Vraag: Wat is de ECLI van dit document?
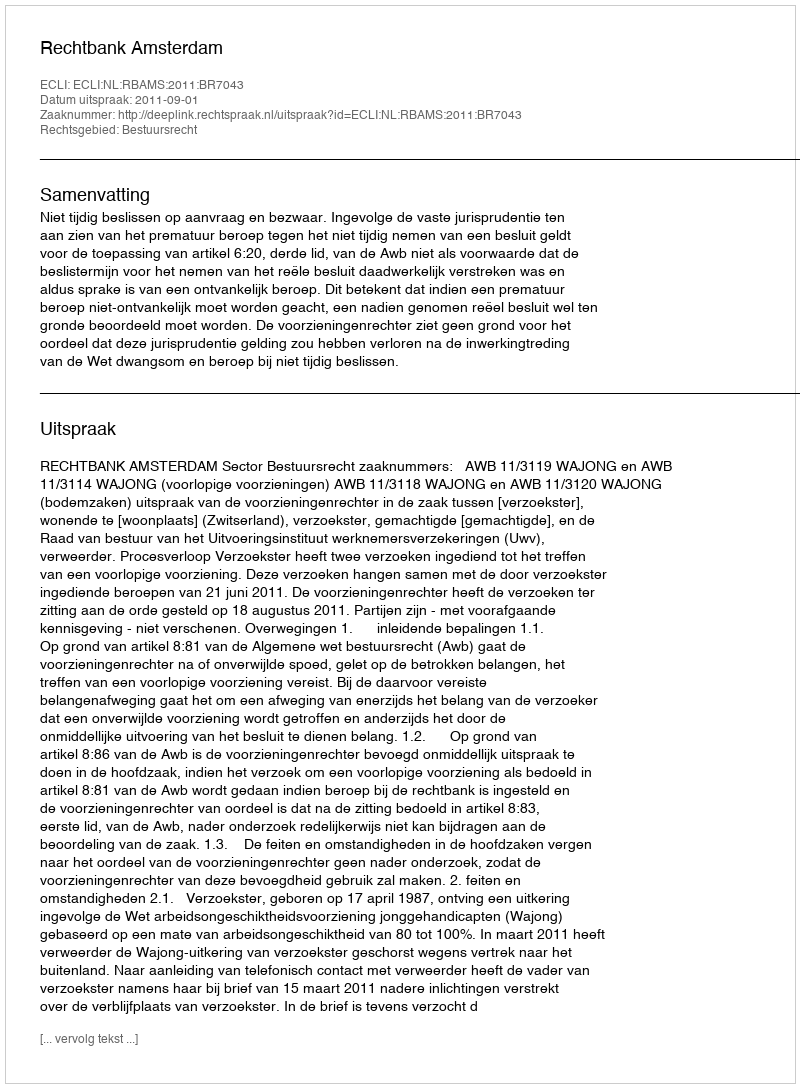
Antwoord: ECLI:NL:RBAMS:2011:BR7043